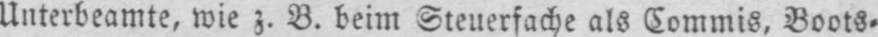
Unterbeamte, wie z. B. beim Steuerfache als Commis, Boots⸗